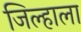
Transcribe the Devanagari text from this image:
जिल्हाला